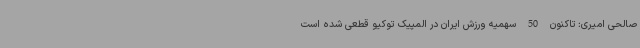
صالحی امیری: تاکنون 50 سهمیه ورزش ایران در المپیک توکیو قطعی شده است